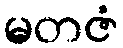
မတဇံ